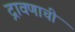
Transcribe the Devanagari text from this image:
द्रावणाची